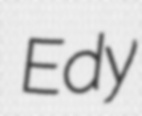
Edy